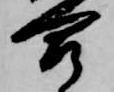
合